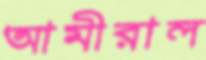
আমীরাল